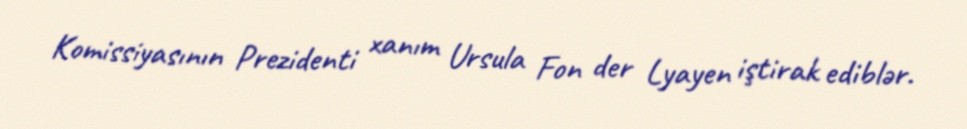
Komissiyasının Prezidenti xanım Ursula Fon der Lyayen iştirak ediblər.